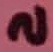
Text: 2